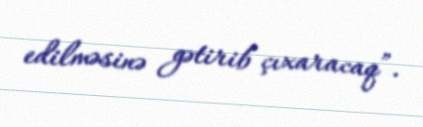
edilməsinə gətirib çıxaracaq”.